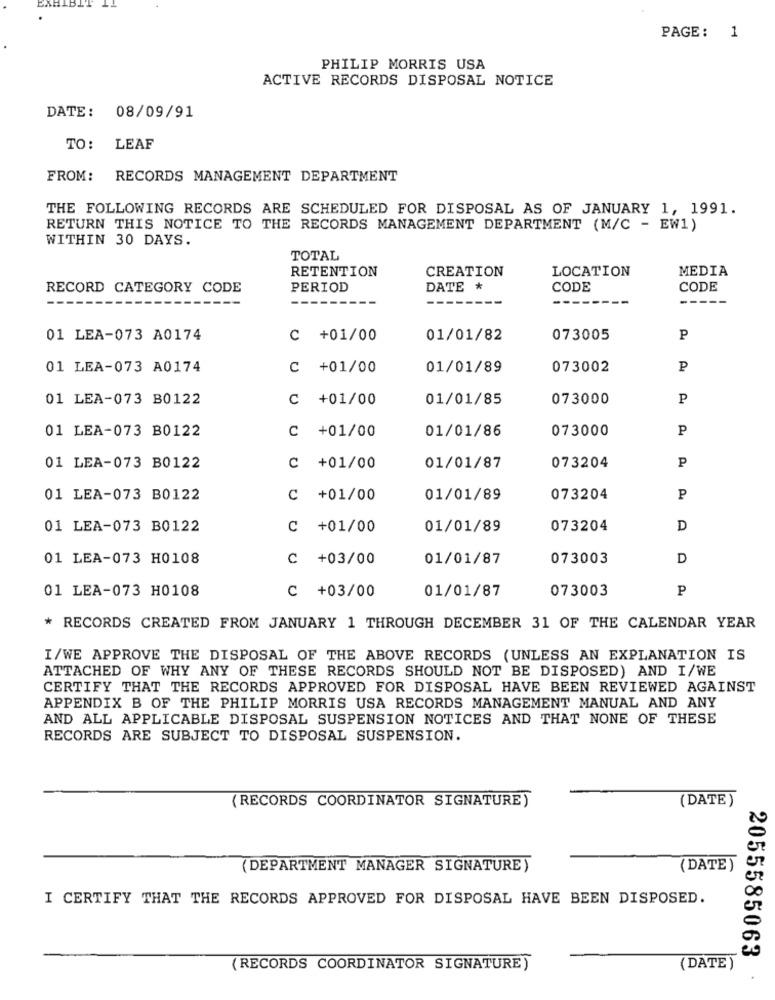
PAGE: 1
PHILIP MORRIS USA
ACTIVE RECORDS DISPOSAL NOTICE
DATE: 08/09/91
TO: LEAF
FROM:
RECORDS MANAGEMENT DEPARTMENT
THE FOLLOWING RECORDS ARE SCHEDULED FOR DISPOSAL AS OF JANUARY 1, 1991.
RETURN THIS NOTICE TO THE RECORDS MANAGEMENT DEPARTMENT (M/C - EW1)
WITHIN 30 DAYS.
TOTAL
RETENTION
CREATION
LOCATION
MEDIA
RECORD CATEGORY CODE
PERIOD
DATE *
CODE
CODE
----
----
---
-----
---
------
-----
01 LEA-073 A0174
C +01/00
01/01/82
073005
P
01 LEA-073 A0174
C +01/00
01/01/89
073002
P
01 LEA-073 B0122
C +01/00
01/01/85
073000
P
01 LEA-073 B0122
C +01/00
01/01/86
073000
P
P
01 LEA-073 B0122
C +01/00
01/01/87
073204
01 LEA-073 B0122
C +01/00
01/01/89
073204
P
01 LEA-073 B0122
C +01/00
01/01/89
073204
D
01 LEA-073 H0108
C +03/00
01/01/87
073003
D
01 LEA-073 H0108
C +03/00
01/01/87
073003
P
* RECORDS CREATED FROM JANUARY 1 THROUGH DECEMBER 31 OF THE CALENDAR YEAR
I/WE APPROVE THE DISPOSAL OF THE ABOVE RECORDS (UNLESS AN EXPLANATION IS
ATTACHED OF WHY ANY OF THESE RECORDS SHOULD NOT BE DISPOSED) AND I/WE
CERTIFY THAT THE RECORDS APPROVED FOR DISPOSAL HAVE BEEN REVIEWED AGAINST
APPENDIX B OF THE PHILIP MORRIS USA RECORDS MANAGEMENT MANUAL AND ANY
AND ALL APPLICABLE DISPOSAL SUSPENSION NOTICES AND THAT NONE OF THESE
RECORDS ARE SUBJECT TO DISPOSAL SUSPENSION.
(RECORDS COORDINATOR SIGNATURE)
(DATE)
(DEPARTMENT MANAGER SIGNATURE)
(DATE)
I CERTIFY THAT THE RECORDS APPROVED FOR DISPOSAL HAVE BEEN DISPOSED.
2055585063
(RECORDS COORDINATOR SIGNATURE)
(DATE )